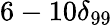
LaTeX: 6-10\delta_{99}